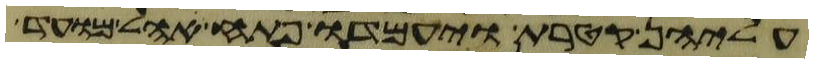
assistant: עליהן קטרת ויעמדו פתח אהל מועד